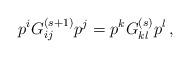
LaTeX: \begin{align*} p^iG^{(s+1)}_{ij}p^j=p^kG^{(s)}_{kl}p^l \, ,\end{align*}